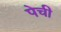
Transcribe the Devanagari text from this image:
पेची